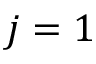
j = 1